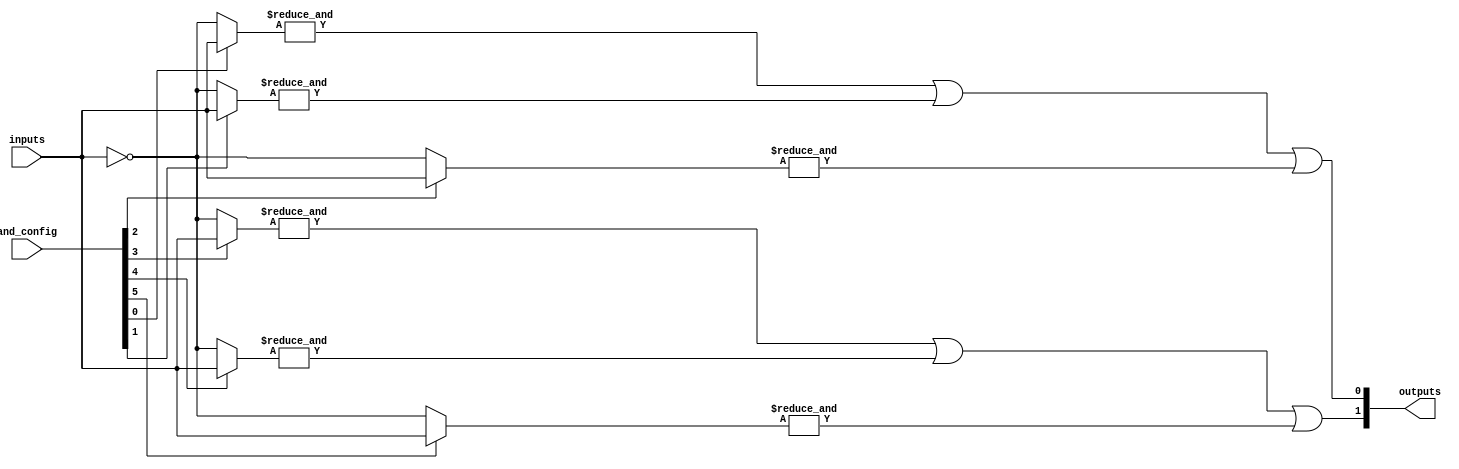
module PAL (
    input wire [N-1:0] inputs,          // N input lines
    input wire [M-1:0] and_config,      // M-bit configuration for AND gates
    output wire [P-1:0] outputs         // P output lines
);

// Parameters
parameter N = 4;   // Number of inputs
parameter M = 8;   // Number of AND gates
parameter P = 2;   // Number of OR gates

// AND array: M AND gates
wire [M-1:0] and_outputs;

// Generate AND gates based on configuration
genvar i;
generate
    for (i = 0; i < M; i = i + 1) begin : and_gates
        wire [N-1:0] and_inputs;
        assign and_inputs = and_config[i] ? inputs : ~inputs; // Example configuration
        assign and_outputs[i] = &and_inputs; // AND gate operation
    end
endgenerate

// OR array: P OR gates
wire [P-1:0] or_outputs;

// Fixed OR gates combining AND gate outputs
assign or_outputs[0] = and_outputs[0] | and_outputs[1] | and_outputs[2]; // Example connection
assign or_outputs[1] = and_outputs[3] | and_outputs[4] | and_outputs[5]; // Example connection

// Final outputs
assign outputs = or_outputs;

endmodule